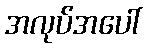
အလုပ်အပေါ်